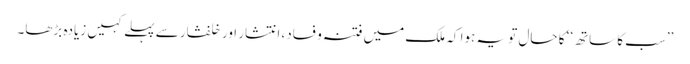
’’سب کا ساتھ‘‘ کا حال تو یہ ہوا کہ ملک میں فتنہ و فساد، انتشار اور خلفشار سے پہلے کہیں زیادہ بڑھا۔